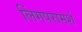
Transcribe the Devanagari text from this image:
लिंगपरामर्श